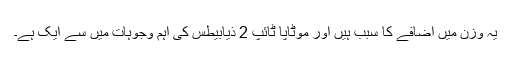
یہ وزن میں اضافے کا سبب ہیں اور موٹاپا ٹائپ 2 ذیابیطس کی اہم وجوہات میں سے ایک ہے۔